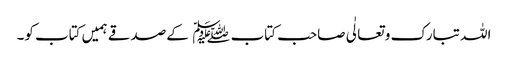
اللہ تبارک و تعالٰی صاحب کتاب﷑ کےصدقے ہمیں کتاب کو۔